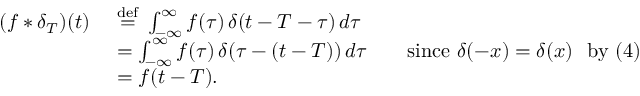
{ \begin{array} { r l } { ( f * \delta _ { T } ) ( t ) \ } & { { \stackrel { \mathrm { d e f } } { = } } \ \int _ { - \infty } ^ { \infty } f ( \tau ) \, \delta ( t - T - \tau ) \, d \tau } \\ & { = \int _ { - \infty } ^ { \infty } f ( \tau ) \, \delta ( \tau - ( t - T ) ) \, d \tau \qquad { \mathrm { s i n c e } } ~ \delta ( - x ) = \delta ( x ) ~ ~ { \mathrm { b y ~ ( 4 ) } } } \\ & { = f ( t - T ) . } \end{array} }